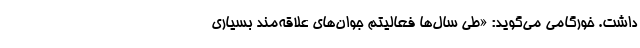
داشت. خورگامی می‌گوید: «طی سال‌ها فعالیتم جوان‌های علاقه‌مند بسیاری